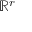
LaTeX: \mathbb { R } ^ { r }